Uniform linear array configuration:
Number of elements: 16
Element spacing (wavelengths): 1
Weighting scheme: uniform
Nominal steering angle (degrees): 0
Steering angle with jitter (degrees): -1.663
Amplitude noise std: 0.05
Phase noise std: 0.05

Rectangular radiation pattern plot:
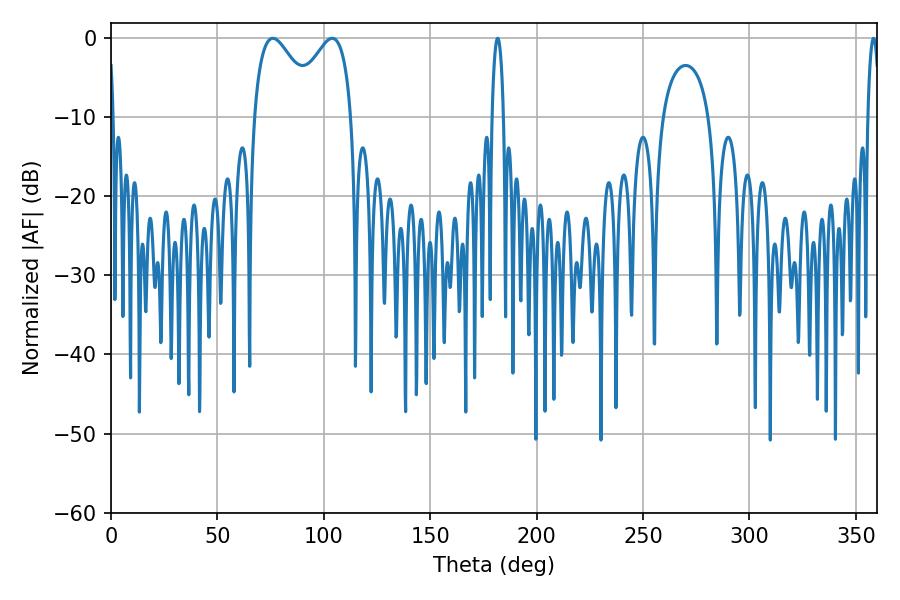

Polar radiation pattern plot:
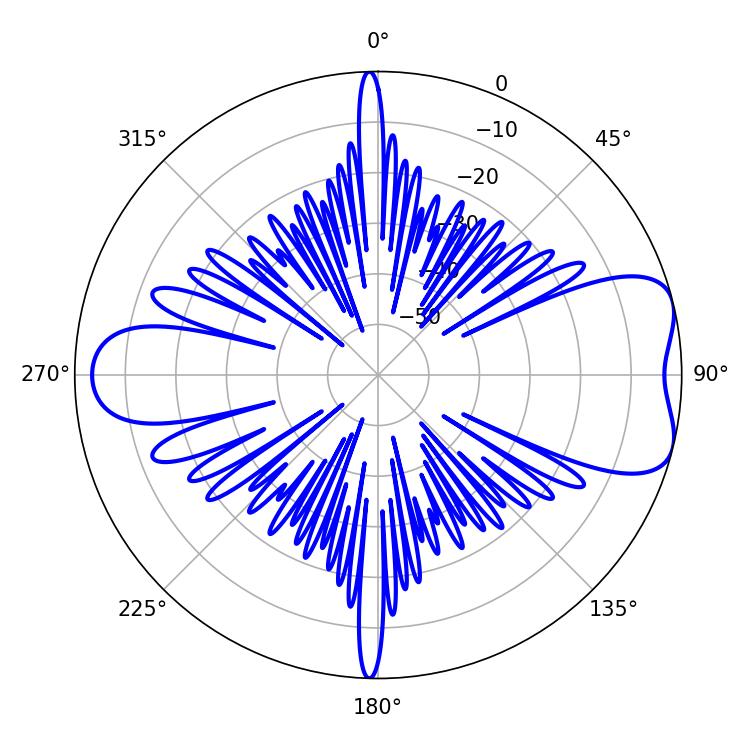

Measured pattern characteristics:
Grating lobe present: TRUE
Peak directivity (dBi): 7.173
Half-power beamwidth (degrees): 16.02
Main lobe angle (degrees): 75.96